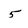
Character: 5